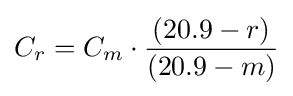
C_{r}=C_{m}\cdot {\frac {(20.9-r)}{(20.9-m)}}